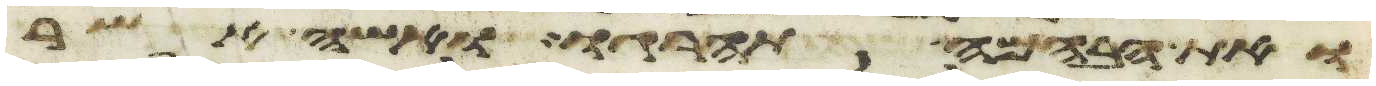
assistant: ואת הבהמה תהרגו ואשה אשר